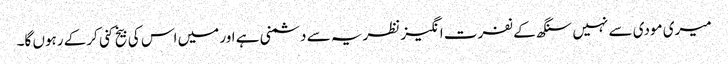
میری مودی سے نہیں سنگھ کے نفرت انگیز نظریہ سے دشمنی ہے اور میں اس کی بیخ کنی کرکے رہوں گا۔